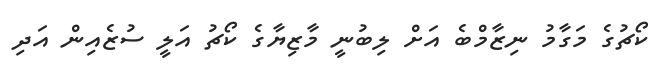
ކޯޗުގެ މަގާމު ނިޒާމްބެ އަށް ލިބުނީ މާޒިޔާގެ ކޯޗު އަލީ ސުޒެއިން އަދި